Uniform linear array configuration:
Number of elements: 16
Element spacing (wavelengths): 0.75
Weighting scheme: uniform
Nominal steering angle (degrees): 60
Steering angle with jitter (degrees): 59.748
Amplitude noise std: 0.05
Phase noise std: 0.05

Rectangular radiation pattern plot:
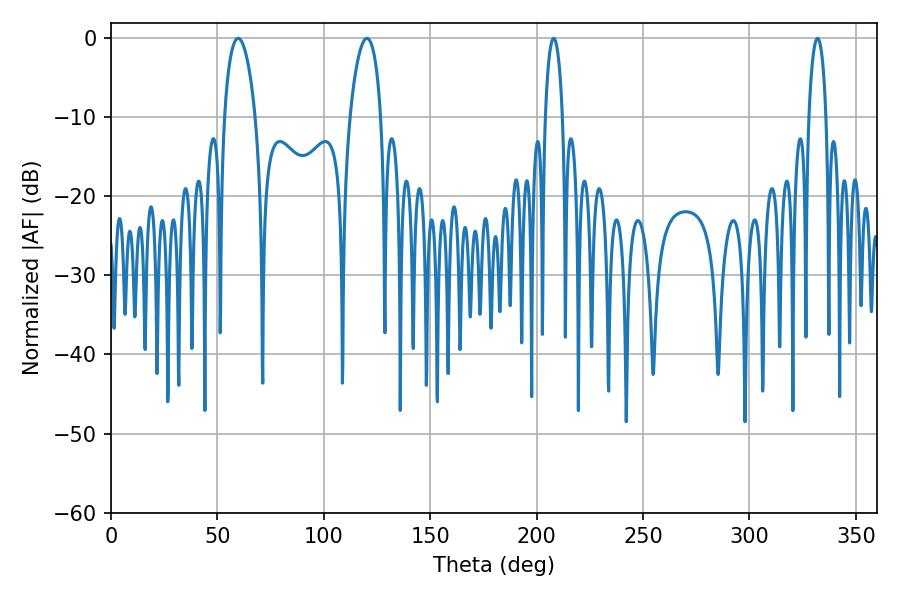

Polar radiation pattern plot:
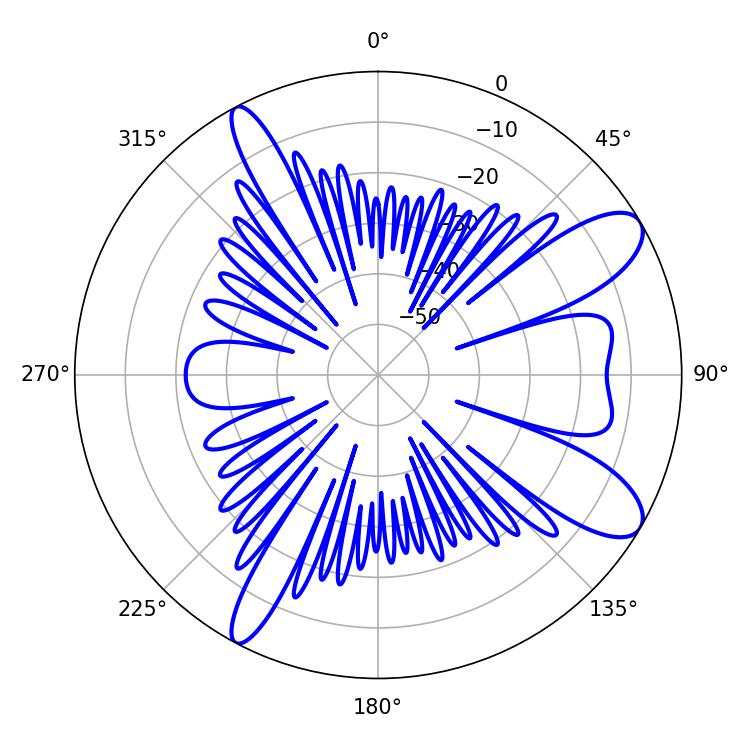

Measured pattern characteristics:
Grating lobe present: TRUE
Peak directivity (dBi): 9.974
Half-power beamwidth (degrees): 8.28
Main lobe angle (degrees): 59.76